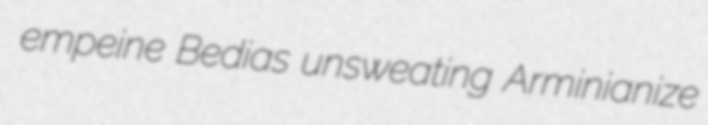
empeine Bedias unsweating Arminianize